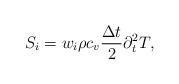
LaTeX: \begin{align*}S_i={{w}_i} \rho c_v\frac{\Delta t}{2} \partial_t^2T,\end{align*}